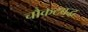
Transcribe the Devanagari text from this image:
चौकटबद्ध